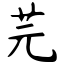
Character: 芫